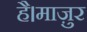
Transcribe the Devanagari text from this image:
है।माज़ुर